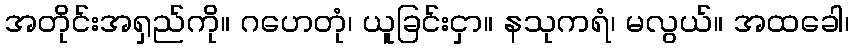
အတိုင်းအရှည်ကို။ ဂဟေတုံ၊ ယူခြင်းငှာ။ နသုကရံ၊ မလွယ်။ အထခေါ၊